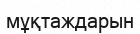
мұқтаждарын